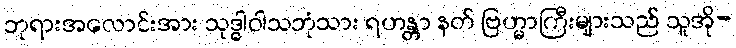
ဘုရားအလောင်းအား သုဒ္ဓါဝါသဘုံသား ရဟန္တာ နတ် ဗြဟ္မာကြီးများသည် သူအို-